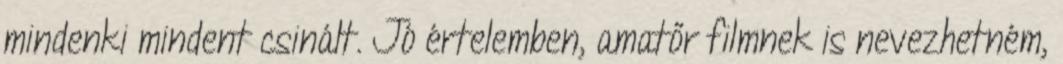
mindenki mindent csinált. Jó értelemben, amatőr filmnek is nevezhetném,